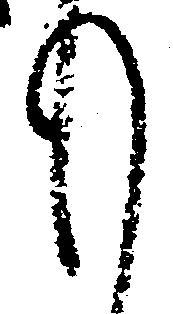
も